Civil Veterinary Department Bihar & Orissa reports 1929-36 - 1929-1936
Year: 1929
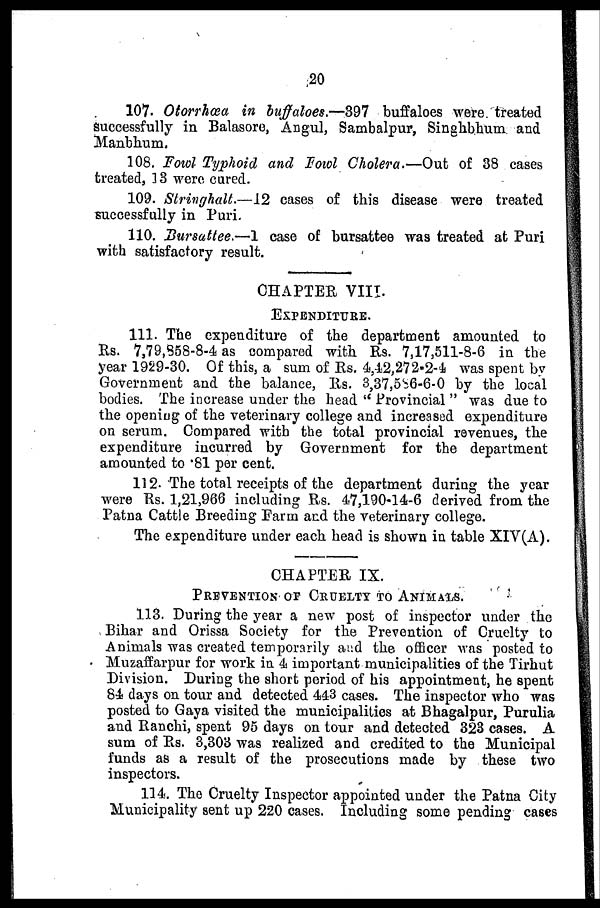
20
107. Otorrhœa in buffaloes.—397 buffaloes were treated
Successfully in Balasore, Augul, Sambalpur, Singhbhum and
Manbhum.
108. Fowl Typhoid and Fowl Cholera.—Out of 38 cases
treated, 13 were cared.
109. Stringhalt.—12 cases of this disease were treated
successfully in Puri.
110. Bursattee.—I case of bursattee was treated at Puri
with satisfactory result.
CHAPTER VIII.
EXPENDITURE.
111. The expenditure of the department amounted to
Rs. 7,79,858-8-4 as compared with Rs. 7,17,511-8-6 in the
year 1929-30. Of this, a sum of Rs. 4,42,272-2-4 was spent by
Government and the balance, Rs. 3,37,586-6-0 by the local
bodies. The increase under the head "Provincial" was due to
the opening of the veterinary college and increased expenditure
on serum. Compared with the total provincial revenues, the
expenditure incurred by Government for the department
amounted to *81 per cent.
112. The total receipts of the department during the year
were Rs. 1,21,966 including Rs. 47,190-14-6 derived from the
Patna Cattle Breeding Farm and the veterinary college.
The expenditure under each head is shown in table XIV(A).
CHAPTER IX.
PREVENTION OF CRUELTY TO ANIMALS.
113. During the year a new post of inspector under the
Bihar and Orissa Society for the Prevention of Cruelty to
Animals was created temporarily and the officer was posted to
Muzaffarpur for work in 4 important municipalities of the Tirhut
Division. During the short period of his appointment, he spent
84 days on tour and detected 443 cases. The inspector who was
posted to Gaya visited the municipalities at Bhagalpur, Purulia
and Ranchi, spent 95 days on tour and detected 323 cases. A
sum of Rs. 3,303 was realized and credited to the Municipal
funds as a result of the prosecutions made by these two
inspectors.
114. The Cruelty Inspector appointed under the Patna City
Municipality sent up 220 cases. Including some pending cases